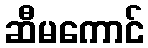
ဆီမကောင်